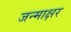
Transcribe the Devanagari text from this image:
जन्माक्षर